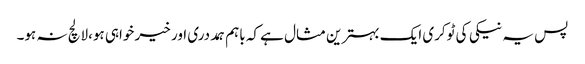
پس یہ نیکی کی ٹوکری ایک بہترین مثال ہے کہ باہم ہمددری اور خیر خواہی ہو،لالچ نہ ہو۔